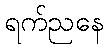
ရက်ညနေ